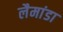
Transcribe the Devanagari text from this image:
लैमांडा